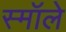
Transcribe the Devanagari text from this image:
स्मॉले